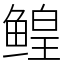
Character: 鳇